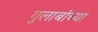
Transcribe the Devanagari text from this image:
गुलाबांच्या